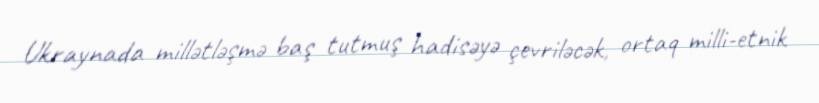
Ukraynada millətləşmə baş tutmuş hadisəyə çevriləcək, ortaq milli-etnik